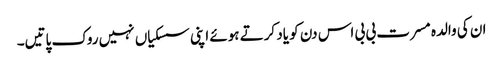
ان کی والدہ مسرت بی بی اس دن کو یاد کرتے ہوئے اپنی سسکیاں نہیں روک پاتیں۔